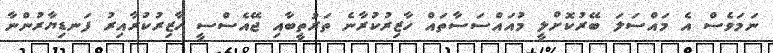
ނަމަވެސް އެ މައްސަލަ ބޭރުކޮށްލީ މުއައްސަސާތައް ހާޒިރުކުރާނެ ތަރުތީބާއި ޖޭއެސްސީ ހާޒިރުކުރާއިރު ފަނޑިޔާރުންނާ